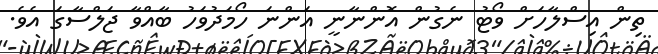
ތިން އިސްލާހަށް ވޯޓު ނެގުން އޮންނާނީ އަންނަ ހޯމަދުވަހު ބާއްވާ ޖަލްސާގަ އެވެ.